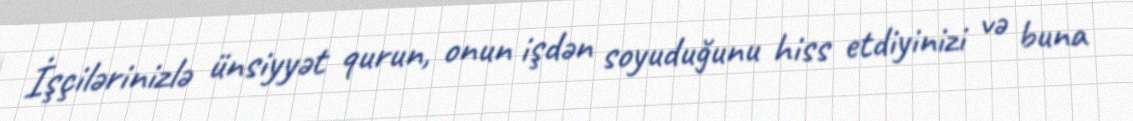
İşçilərinizlə ünsiyyət qurun, onun işdən soyuduğunu hiss etdiyinizi və buna